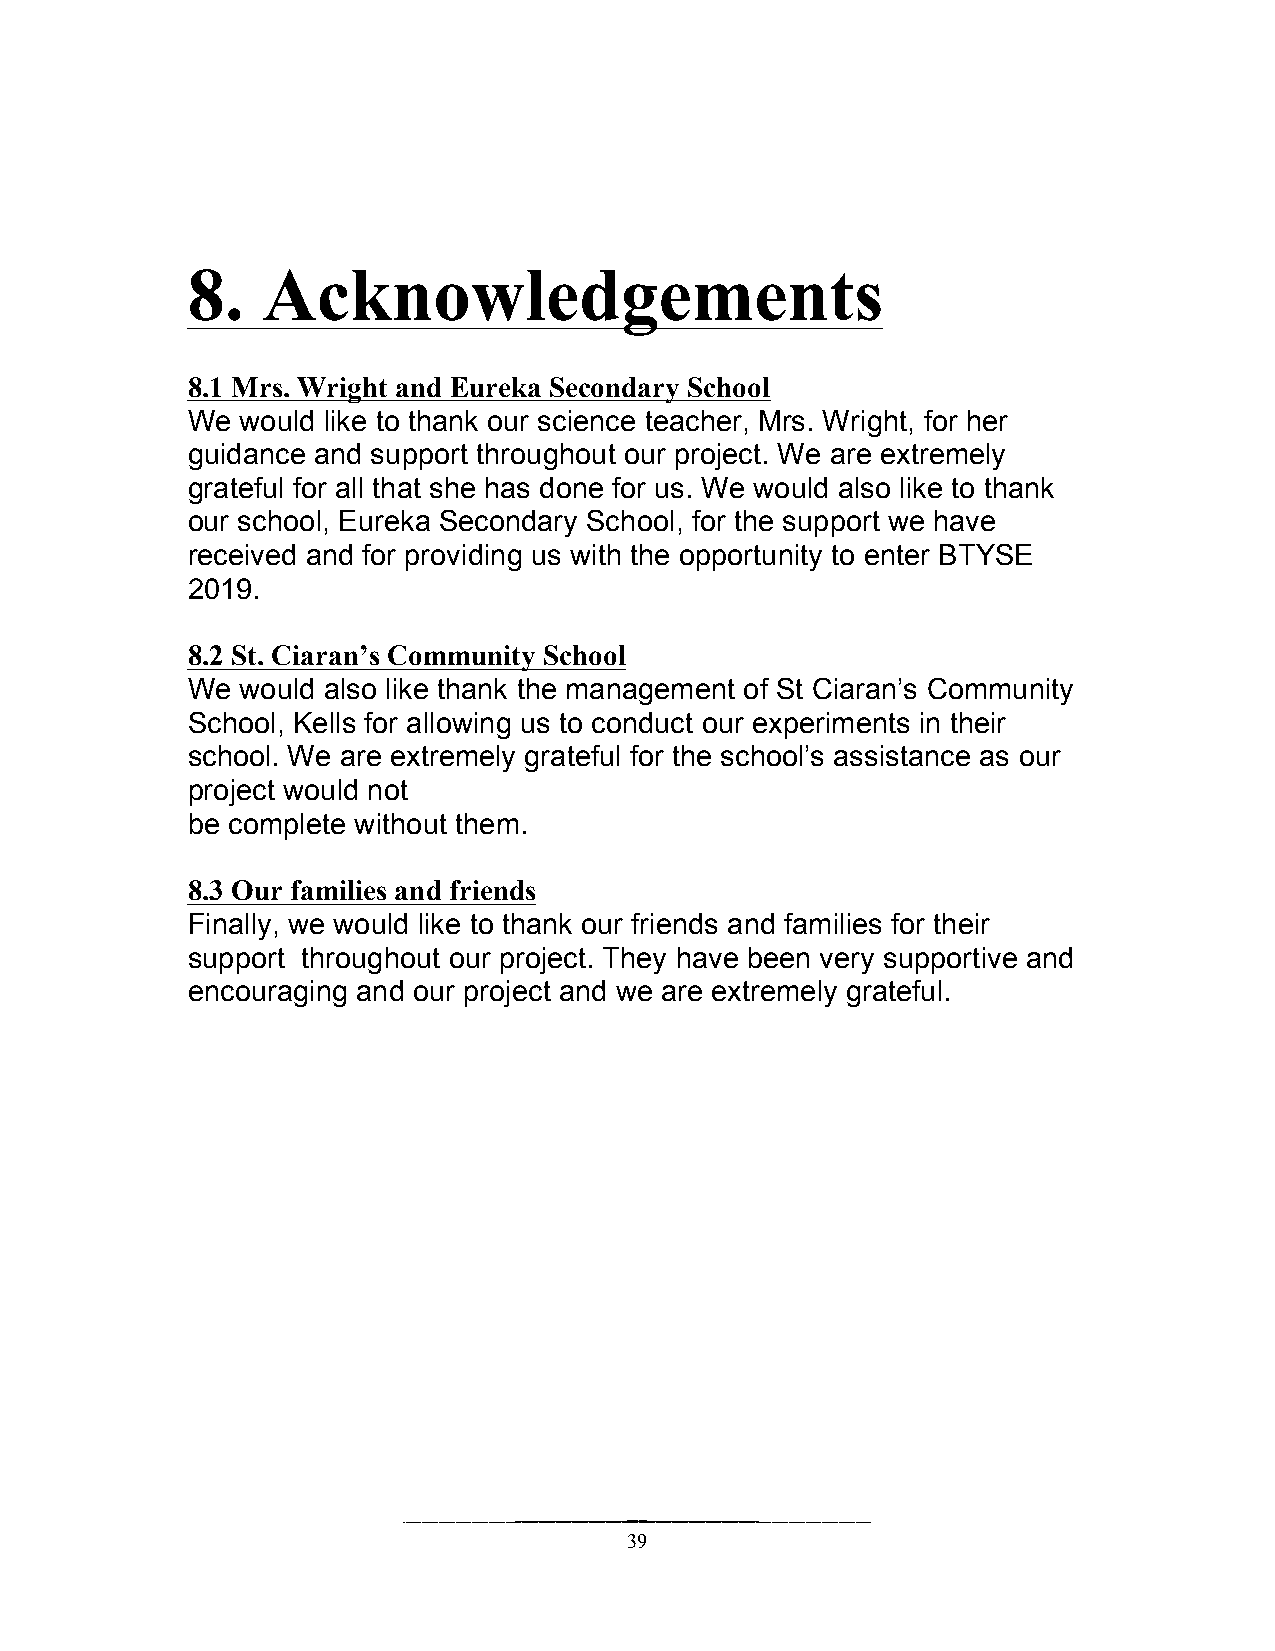
8.   Acknowledgements
 8.1 Mrs. Wright and Eureka Secondary School
 We  would like to thank our science teacher, Mrs. Wright, for her
 guidance and support throughout our project. We are extremely
 grateful for all that she has done for us. We would also like to thank
 our school, Eureka Secondary School, for the support we have
 received and for providing us with the opportunity to enter BTYSE
 2019.
 8.2 St. Ciaran’s Community School
 We  would also like thank the management of St Ciaran’s Community
 School, Kells for allowing us to conduct our experiments in their
 school. We are extremely grateful for the school’s assistance as our
 project would not
 be complete without them.
 8.3 Our families and friends
 Finally, we would like to thank our friends and families for their
 support throughout our project. They have been very supportive and
 encouraging and our project and we are extremely grateful.
 39